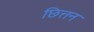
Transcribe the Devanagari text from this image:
छित्तन